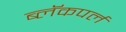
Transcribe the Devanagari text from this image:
ब्लॅकपर्ल